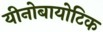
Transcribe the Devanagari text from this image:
यीनोबायोटिक